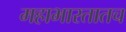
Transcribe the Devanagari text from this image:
महाभारतातच